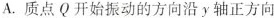
A.质点Q开始振动的方向沿y轴正方向